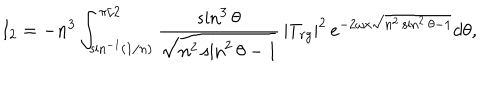
LaTeX: I _ { 2 } = - n ^ { 3 } \int _ { \sin ^ { - 1 } ( 1 / n ) } ^ { \pi / 2 } { \frac { \sin ^ { 3 } \theta } { \sqrt { n ^ { 2 } \sin ^ { 2 } \theta - 1 } } } \, | T _ { r g } | ^ { 2 } \, e ^ { - 2 \omega x \sqrt { n ^ { 2 } \sin ^ { 2 } \theta - 1 } } d \theta ,